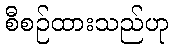
စီစဉ်ထားသည်ဟု